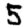
Digit: 5